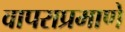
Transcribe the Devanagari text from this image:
वापराप्रमाणे